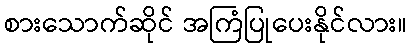
စားသောက်ဆိုင် အကြံပြုပေးနိုင်လား။